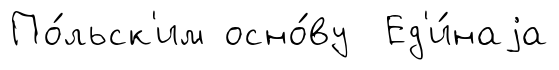
По́льск'им осно́ву Ед'и́наjа